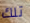
تلك